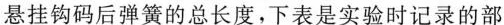
悬挂钩码后弹簧的总长度。下表是实验时记录的部